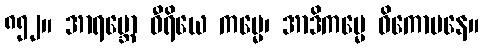
၈၅၂။ အာရမ္ဘော ဝီရိယေ ကမ္မေ၊ အာဒိကမ္မေ ဝိကောပနေ။